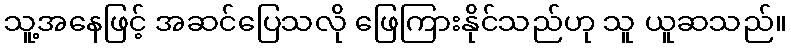
သူ့အနေဖြင့် အဆင်ပြေသလို ဖြေကြားနိုင်သည်ဟု သူ ယူဆသည်။